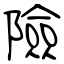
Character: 險